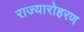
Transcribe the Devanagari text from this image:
राज्यारोहरण